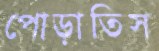
পোড়াতিস